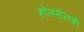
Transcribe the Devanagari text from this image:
होलसेलची